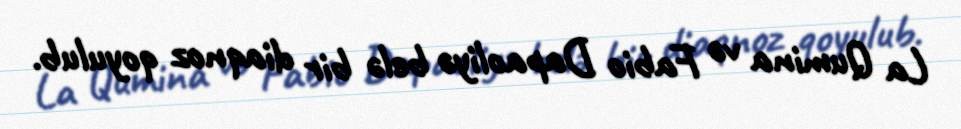
La Qumina və Fabio Dapaoliyə belə bir diaqnoz qoyulub.